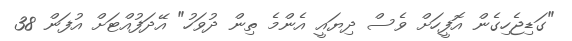
"ގަޑިޖެހިގެން އޮފީހަށް ވެސް ދިޔައީ އެންމެ ތިން ދުވަހު" އޭދަފުއްޓަށް އުފަން 38